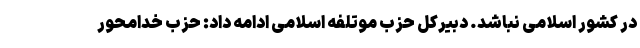
در کشور اسلامی نباشد. دبیرکل حزب موتلفه اسلامی ادامه داد: حزب خدامحور